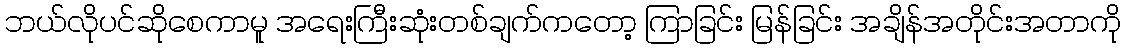
ဘယ်လိုပင်ဆိုစေကာမူ အရေးကြီးဆုံးတစ်ချက်ကတော့ ကြာခြင်း မြန်ခြင်း အချိန်အတိုင်းအတာကို